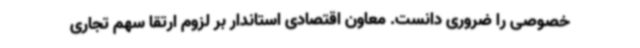
خصوصی را ضروری دانست. معاون اقتصادی استاندار بر لزوم ارتقا سهم تجاری